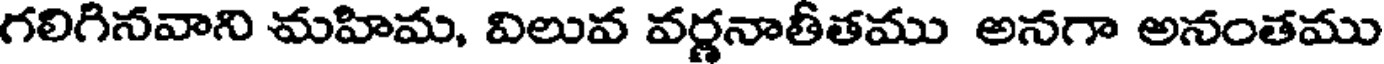
గలిగినవాని మహిమ, విలువ వర్ణనాతీతము అనగా అనంతము